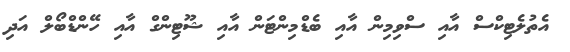
އެތުލެޓިކްސް އާއި ސްވިމިން އާއި ބެޑްމިންޓަން އާއި ޝޫޓިންގް އާއި ހޭންޑްބޯލް އަދި